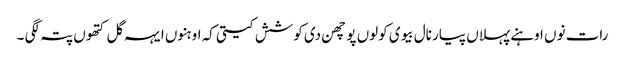
رات نوں اوہنے پہلاں پیار نال بیوی کولوں پوچھن دی کوشش کیتی کہ اوہنوں ایہہ گل کتھوں پتہ لگی ۔